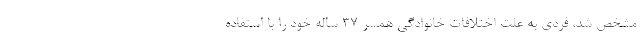
مشخص شد، فردی به علت اختلافات خانوادگی همسر ۳۷ ساله خود را با استفاده